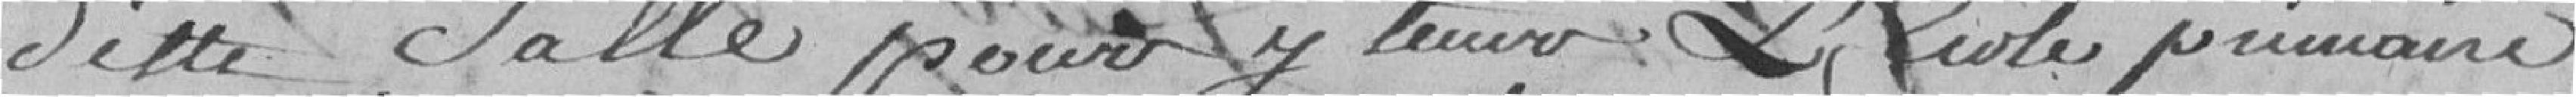
dite salle pour y tenir l'Ecole primaire